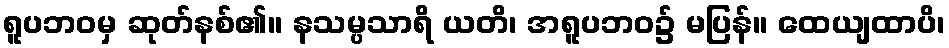
ရူပဘဝမှ ဆုတ်နစ်၏။ နသမ္ပသာရိ ယတိ၊ အရူပဘဝ၌ မပြန်။ ထေယျထာပိ၊